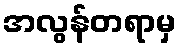
အလွန်တရာမှ